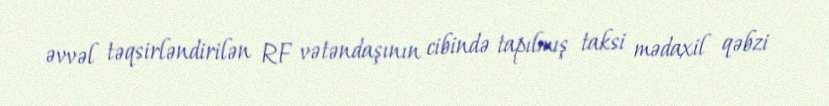
əvvəl təqsirləndirilən RF vətəndaşının cibində tapılmış taksi mədaxil qəbzi